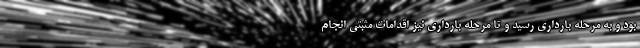
بود و به مرحله بارداری رسید و تا مرحله بارداری نیز اقدامات مثبتی انجام